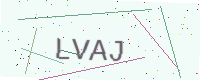
Text: LVAJ